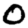
Digit: 0